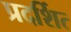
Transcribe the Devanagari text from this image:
प्रदर्शित्‍